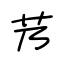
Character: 艿